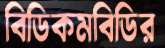
বিডিকমবিডির